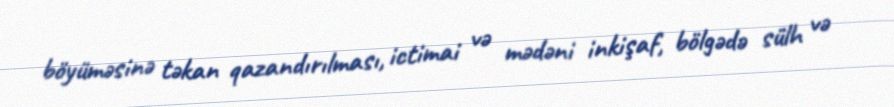
böyüməsinə təkan qazandırılması, ictimai və mədəni inkişaf, bölgədə sülh və